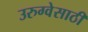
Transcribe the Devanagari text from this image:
उरुग्वेसाठी